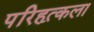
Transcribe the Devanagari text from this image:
परिहृत्कला